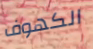
الكهوف